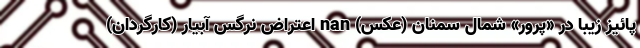
پائیز زیبا در «پرور» شمال سمنان (عکس) nan اعتراض نرگس آبیار (کارگردان)